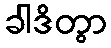
ခါဒိတွာ